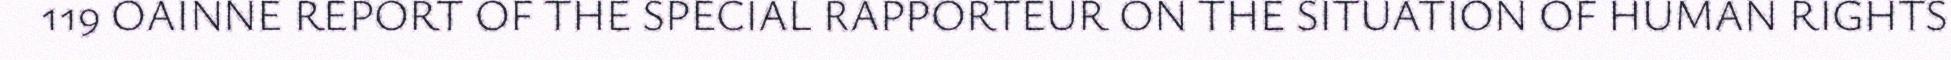
119 OAINNE REPORT OF THE SPECIAL RAPPORTEUR ON THE SITUATION OF HUMAN RIGHTS